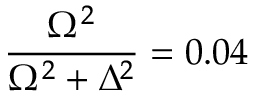
\frac { \Omega ^ { 2 } } { \Omega ^ { 2 } + \Delta ^ { 2 } } = 0 . 0 4 \